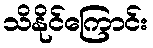
သိနိုင်ကြောင်း